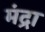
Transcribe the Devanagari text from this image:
मंद्रा